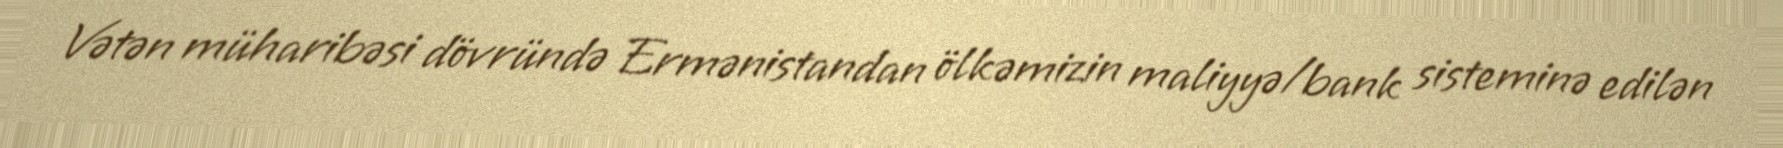
Vətən müharibəsi dövründə Ermənistandan ölkəmizin maliyyə/bank sisteminə edilən